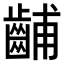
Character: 𫜦